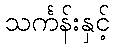
သင်္ကန်းနှင့်